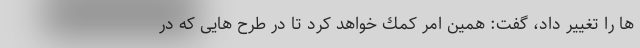
ها را تغيير داد، گفت: همين امر كمك خواهد كرد تا در طرح هايی كه در